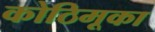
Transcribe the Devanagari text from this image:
कोठिमूका